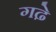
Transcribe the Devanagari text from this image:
गढे़